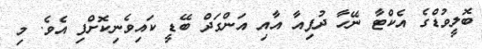
ބޮލީވުޑްގެ އެކްޓާ ނޭހާ ދުޕިއާ އާއި އަންގަދް ބޭޑީ ކައިވެނިކޮށްފި އެވެ. މި